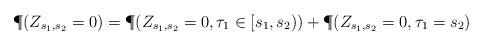
LaTeX: \begin{align*}\P(Z_{s_1,s_2}=0) = \P(Z_{s_1,s_2}=0, \tau_{1}\in[s_1,s_2))+\P(Z_{s_1,s_2}=0, \tau_{1}=s_2)\end{align*}